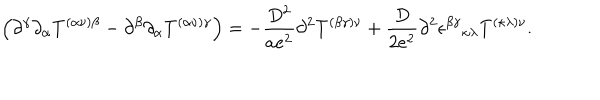
LaTeX: \left( \partial ^ { \gamma } \partial _ { \alpha } T ^ { ( \alpha \nu ) \beta } - \partial ^ { \beta } \partial _ { \alpha } T ^ { ( \alpha \nu ) \gamma } \right) = - \frac { D ^ { 2 } } { a e ^ { 2 } } \partial ^ { 2 } T ^ { ( \beta \gamma ) \nu } + \frac { D } { 2 e ^ { 2 } } \partial ^ { 2 } \epsilon ^ { \beta \gamma } { } _ { \kappa \lambda } T ^ { ( \kappa \lambda ) \nu } .